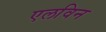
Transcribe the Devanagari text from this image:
एलविन